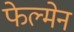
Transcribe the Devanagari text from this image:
फेल्मेन